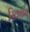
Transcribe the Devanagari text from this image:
स्क्विब